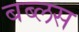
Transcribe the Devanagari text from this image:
बब्लस